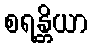
စရန္တိယာ